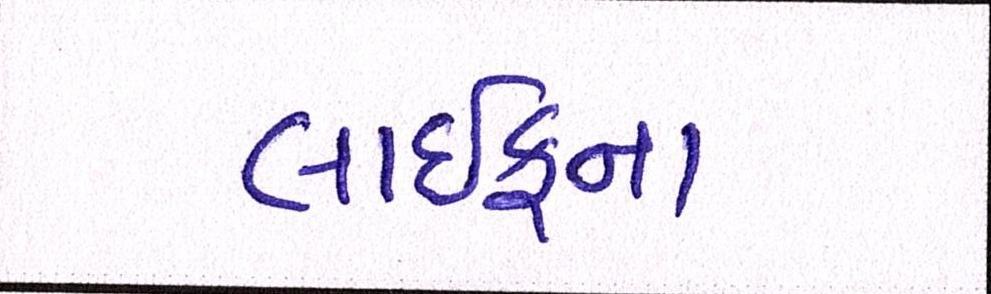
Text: લાઈફના